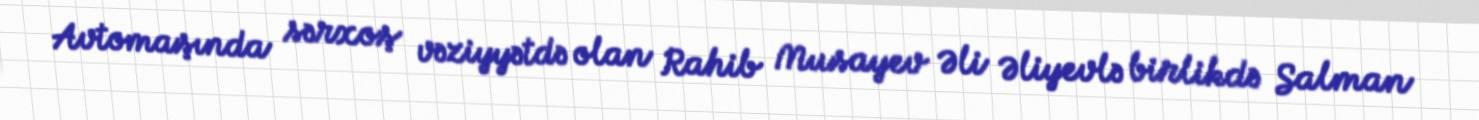
Avtomaşında sərxoş vəziyyətdə olan Rahib Musayev Əli Əliyevlə birlikdə Salman